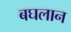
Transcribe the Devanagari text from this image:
बघलान